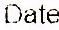
DATE: